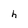
Character: h